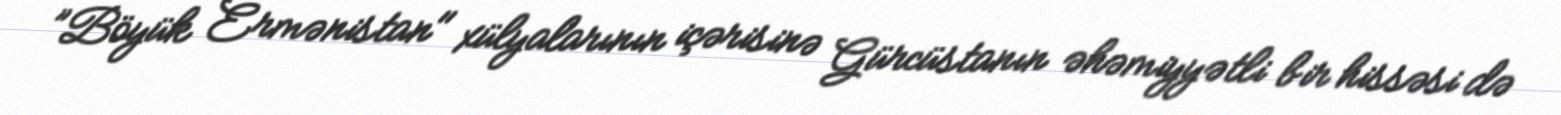
”Böyük Ermənistan" xülyalarının içərisinə Gürcüstanın əhəmiyyətli bir hissəsi də